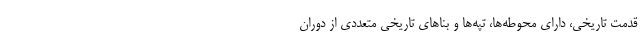
قدمت تاریخی، دارای محوطه‌ها، تپه‌ها و بناهای تاریخی متعددی از دوران